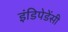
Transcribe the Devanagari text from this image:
इंडिपेडेंसी